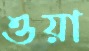
ওয়া